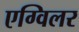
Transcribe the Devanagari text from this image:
एग्विलर